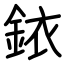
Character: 銥